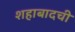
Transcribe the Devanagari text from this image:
शहाबादची